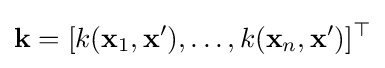
\mathbf {k} =[k(\mathbf {x} _{1},\mathbf {x} '),\ldots ,k(\mathbf {x} _{n},\mathbf {x} ')]^{\top }